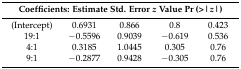
<table><thead><tr><td colspan="5"><b>Coefficients: Estimate Std. Error <i>z</i> Value Pr (&gt;|<i>z</i>|)</b></td></tr></thead><tbody><tr><td>(Intercept)</td><td>0.6931</td><td>0.866</td><td>0.8</td><td>0.423</td></tr><tr><td>19:1</td><td>−0.5596</td><td>0.9039</td><td>−0.619</td><td>0.536</td></tr><tr><td>4:1</td><td>0.3185</td><td>1.0445</td><td>0.305</td><td>0.76</td></tr><tr><td>9:1</td><td>−0.2877</td><td>0.9428</td><td>−0.305</td><td>0.76</td></tr></tbody></table>